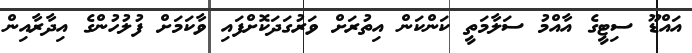
އައްޑޫ ސިޓީގެ އާއްމު ސަލާމަތީ ކަންކަން އިތުރަށް ވަރުގަދަކޮށްފައި ވާކަމަށް ފުލުހުންގެ އިދާރާއިން